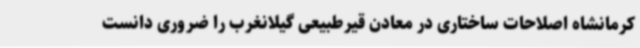
کرمانشاه اصلاحات ساختاری در معادن قیرطبیعی گیلانغرب را ضروری دانست